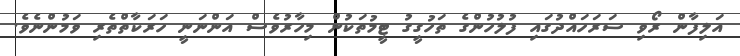
އަލިފާން ރޯވި ސަރަހައްދުގައި ފުލުހުންގެ ތަހުގީގު ޓީމުތަކުން މިހާރުވެސް އަންނަނީ ހަރަކާތްތެރި ވަމުންނެވެ.